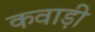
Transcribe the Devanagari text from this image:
कवाड़ी